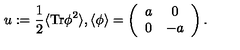
u : = \frac { 1 } { 2 } \langle \mathrm { T r } \phi ^ { 2 } \rangle , \langle \phi \rangle = \left( \begin{array} { c c } { a } & { 0 } \\ { 0 } & { - a } \\ \end{array} \right) .